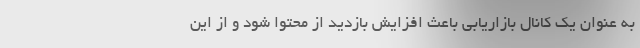
به عنوان یک کانال بازاریابی باعث افزایش بازدید از محتوا شود و از این